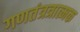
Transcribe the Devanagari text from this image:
गणतंत्रत्रात्मक